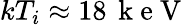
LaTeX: kT_{i}\approx 18\, \mathrm{~k~e~V~}